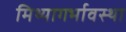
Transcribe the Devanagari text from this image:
मिथ्यागर्भावस्था